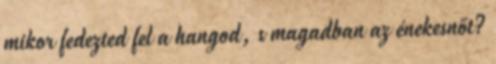
mikor fedezted fel a hangod, s magadban az énekesnőt?